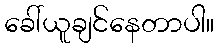
ခေါ်ယူချင်နေတာပါ။